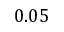
0 . 0 5